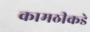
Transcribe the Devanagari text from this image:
कामठीकडे